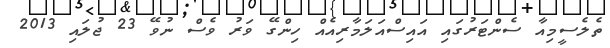
ތެލެސީމިއާ ސެންޓަރުގައި އައިސްއަލަމާރިއެއް ހިންގޭ ވަރު ވެސް ނުވޭ 23 ޖުލައި 2013